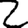
Digit: 2